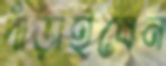
দাঁড়াইবেন